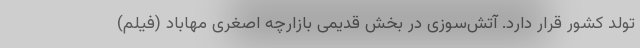
تولد کشور قرار دارد. آتش‌سوزی در بخش قدیمی بازارچه اصغری مهاباد (فیلم)